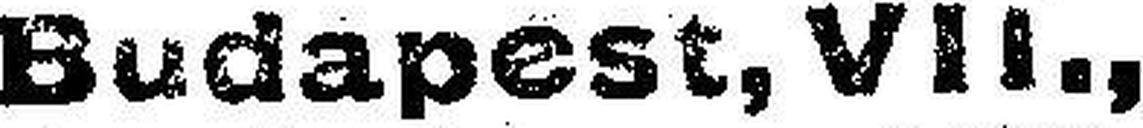
Budapest, VII.,